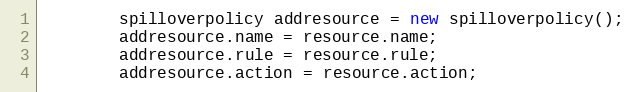
Language: Java
		spilloverpolicy addresource = new spilloverpolicy();
		addresource.name = resource.name;
		addresource.rule = resource.rule;
		addresource.action = resource.action;